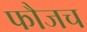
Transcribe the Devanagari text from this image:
फौजच